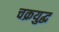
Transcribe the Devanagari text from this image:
चक्रयुद्ध